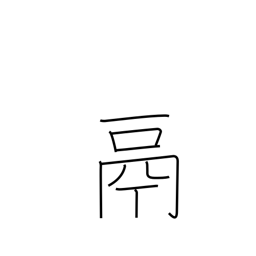
Meaning: tripod